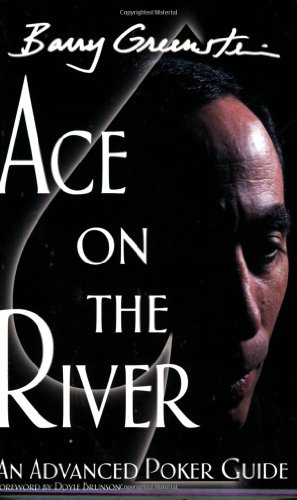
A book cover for Ace on the River: An Advanced Poker Guide; Barry Greenstein; Humor & Entertainment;